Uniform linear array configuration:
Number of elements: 48
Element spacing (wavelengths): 1
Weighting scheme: binomial
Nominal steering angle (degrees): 45
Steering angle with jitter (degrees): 46.324
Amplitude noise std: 0.05
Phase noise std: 0.05

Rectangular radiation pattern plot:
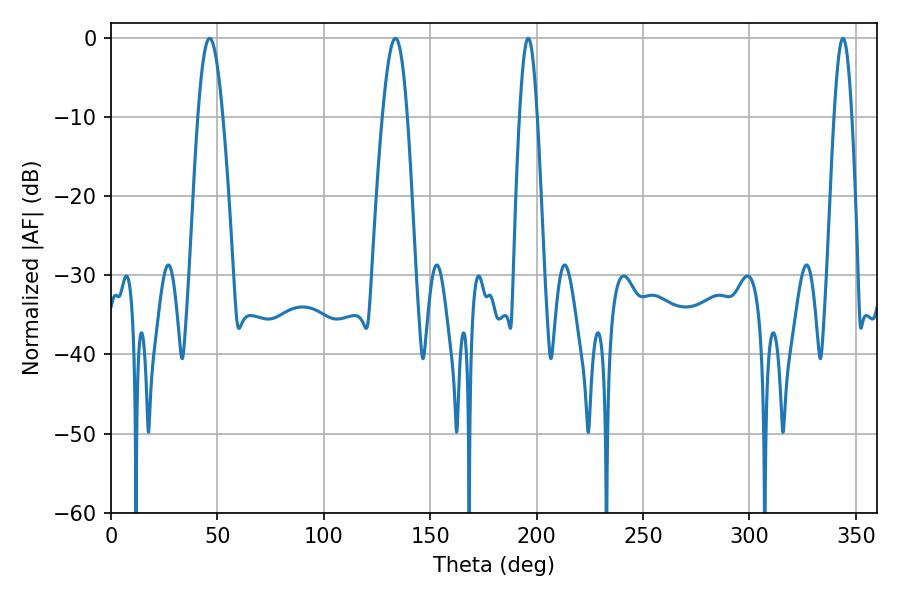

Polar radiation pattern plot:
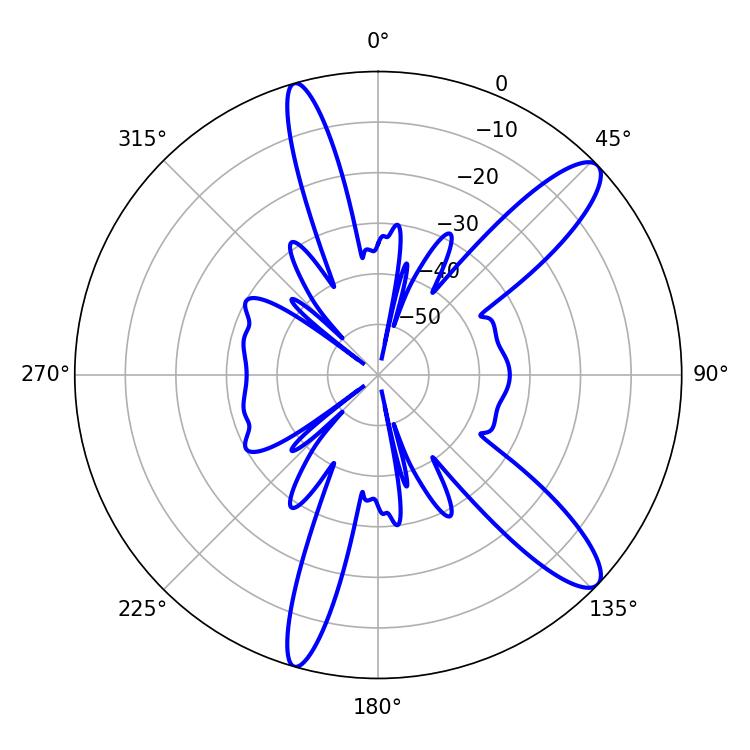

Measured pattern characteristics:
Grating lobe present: TRUE
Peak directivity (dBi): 11.989
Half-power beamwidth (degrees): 4.5
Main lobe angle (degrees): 196.02